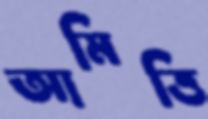
আমিত্তি